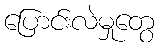
ပြောင်းလဲမှုတွေ